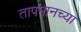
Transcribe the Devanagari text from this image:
तापमानच्या